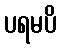
ပရမပိ